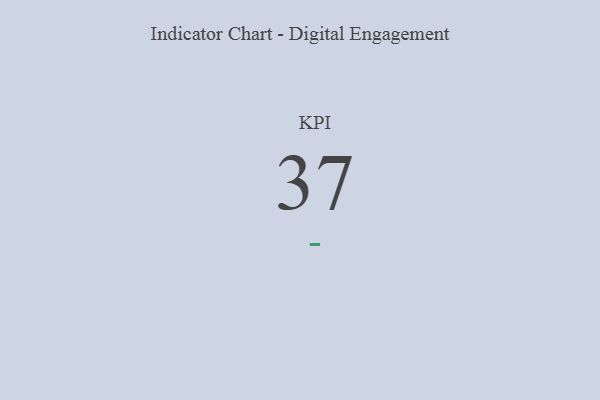
{"axis": {"x": "KPI", "y": "Value"}, "legend": [""], "data": [{"x": "KPI", "y": 37, "type": ""}]}